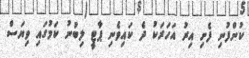
ކުންފުނި ފެށި އިރު އަހަރަކު ދެ ކައިވެނި ޕާޓީ ލިބުނު ކަމުގައި ވިޔަސް